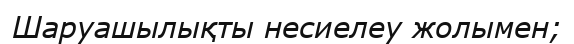
Шаруашылықты несиелеу жолымен;